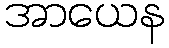
အာယေန